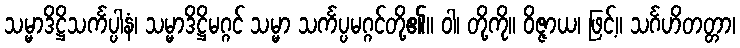
သမ္မာဒိဋ္ဌိသင်္ကပ္ပါနံ၊ သမ္မာဒိဋ္ဌိမဂ္ဂင် သမ္မာ သင်္ကပ္ပမဂ္ဂင်တို့၏။ ဝါ၊ တို့ကို။ ဝိဇ္ဇာယ၊ ဖြင့်။ သင်္ဂဟိတတ္တာ၊